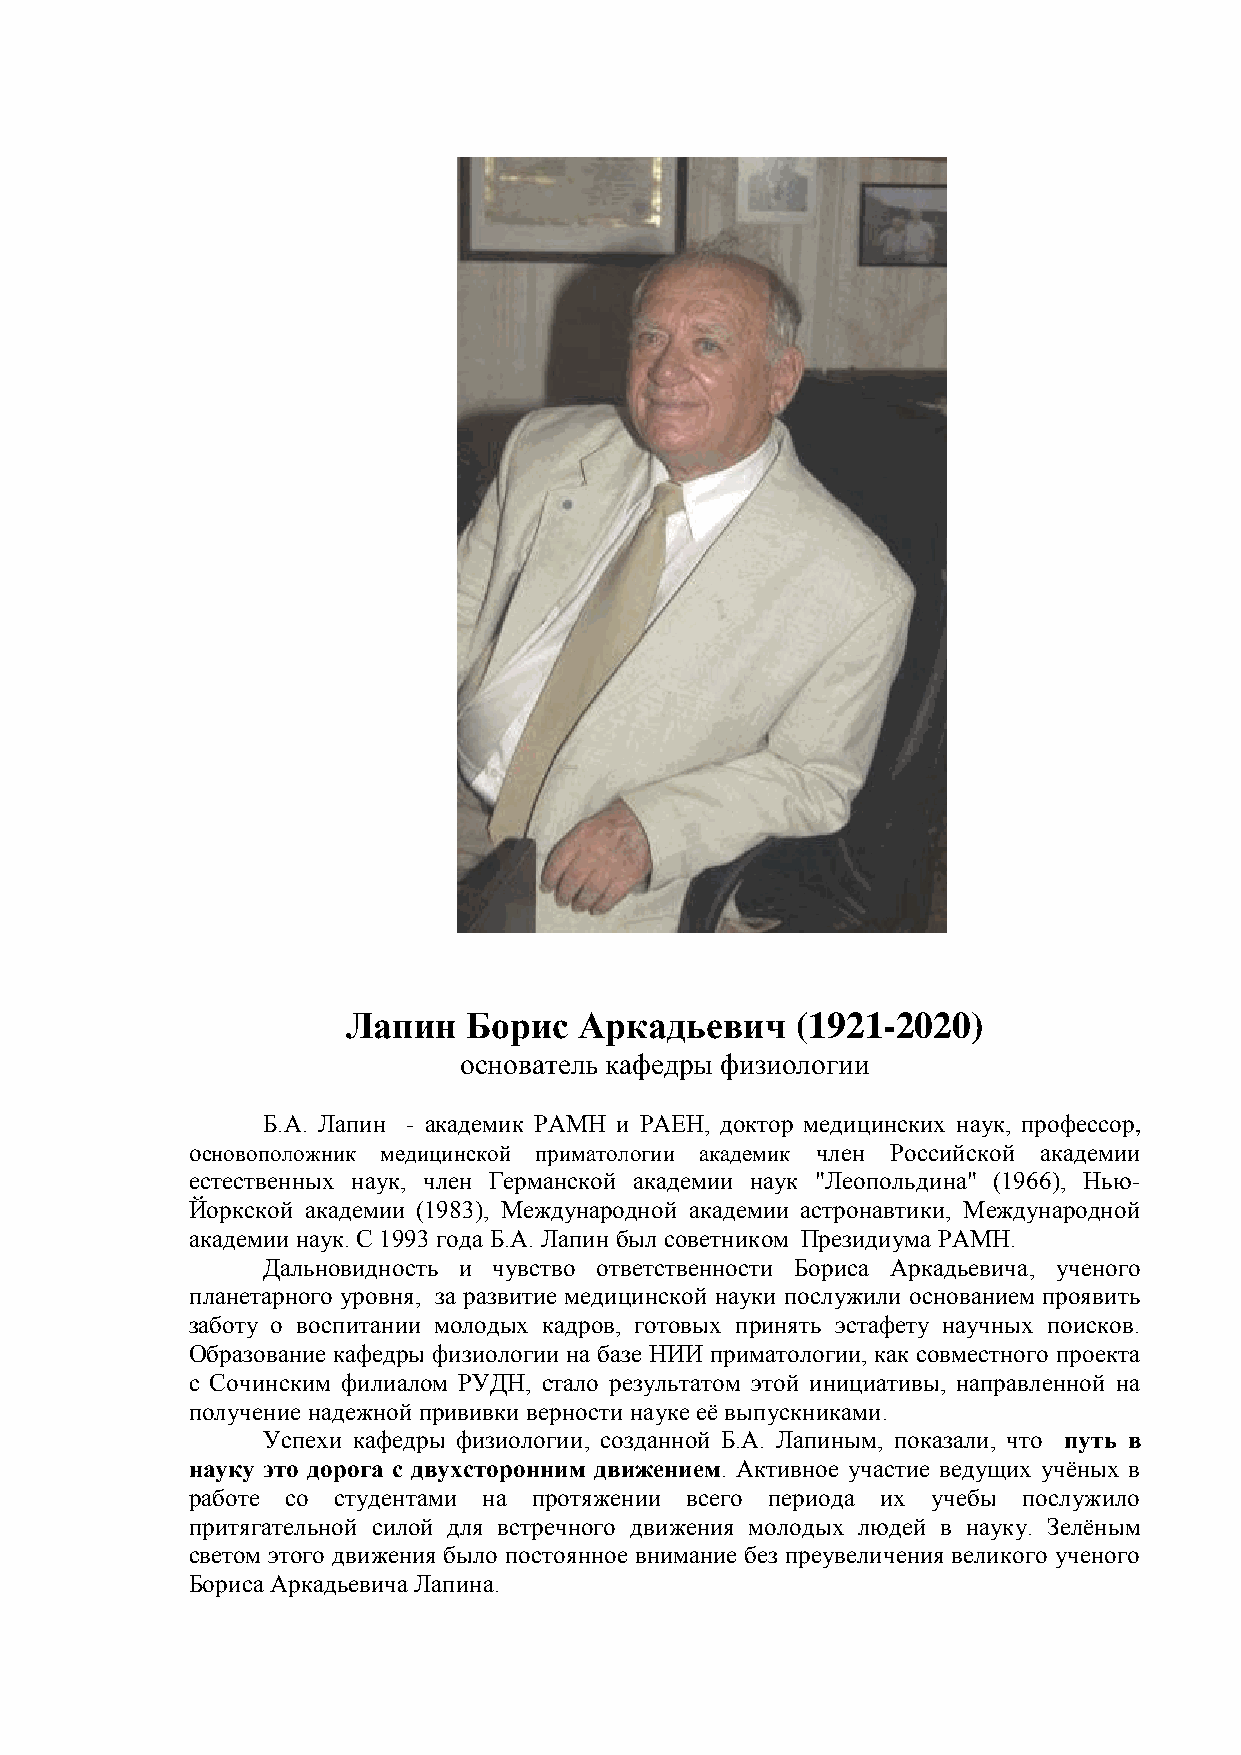
Лапин   Борис  Аркадьевич     (1921-2020)
 основатель кафедры физиологии
 Б.А. Лапин - академик РАМН и РАЕН, доктор медицинских наук, профессор,
 основоположник медицинской приматологии академик член Российской академии
 естественных наук, член Германской академии наук "Леопольдина" (1966), Нью-
 Йоркской академии (1983), Международной академии астронавтики, Международной
 академии наук. С 1993 года Б.А. Лапин был советником Президиума РАМН.
 Дальновидность и чувство ответственности Бориса Аркадьевича, ученого
 планетарного уровня, за развитие медицинской науки послужили основанием проявить
 заботу о воспитании молодых кадров, готовых принять эстафету научных поисков.
 Образование кафедры физиологии на базе НИИ приматологии, как совместного проекта
 с Сочинским филиалом РУДН, стало результатом этой инициативы, направленной на
 получение надежной прививки верности науке её выпускниками.
 Успехи кафедры физиологии, созданной Б.А. Лапиным, показали, что путь в
 науку это дорога с двухсторонним движением. Активное участие ведущих учёных в
 работе со студентами на протяжении всего периода их учебы послужило
 притягательной силой для встречного движения молодых людей в науку. Зелёным
 светом этого движения было постоянное внимание без преувеличения великого ученого
 Бориса Аркадьевича Лапина.